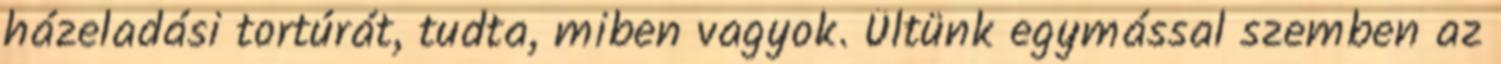
házeladási tortúrát, tudta, miben vagyok. Ültünk egymással szemben az